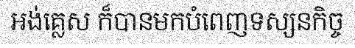
អង់គ្លេស ក៏បានមកបំពេញទស្សនកិច្ច